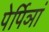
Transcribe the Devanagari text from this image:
पेर्पिञां